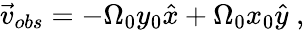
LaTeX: \vec{v}_{obs}=-{\Omega}_{0}y_{0}\hat{x}+{\Omega}_{0}x_{0}\hat{y}\; ,